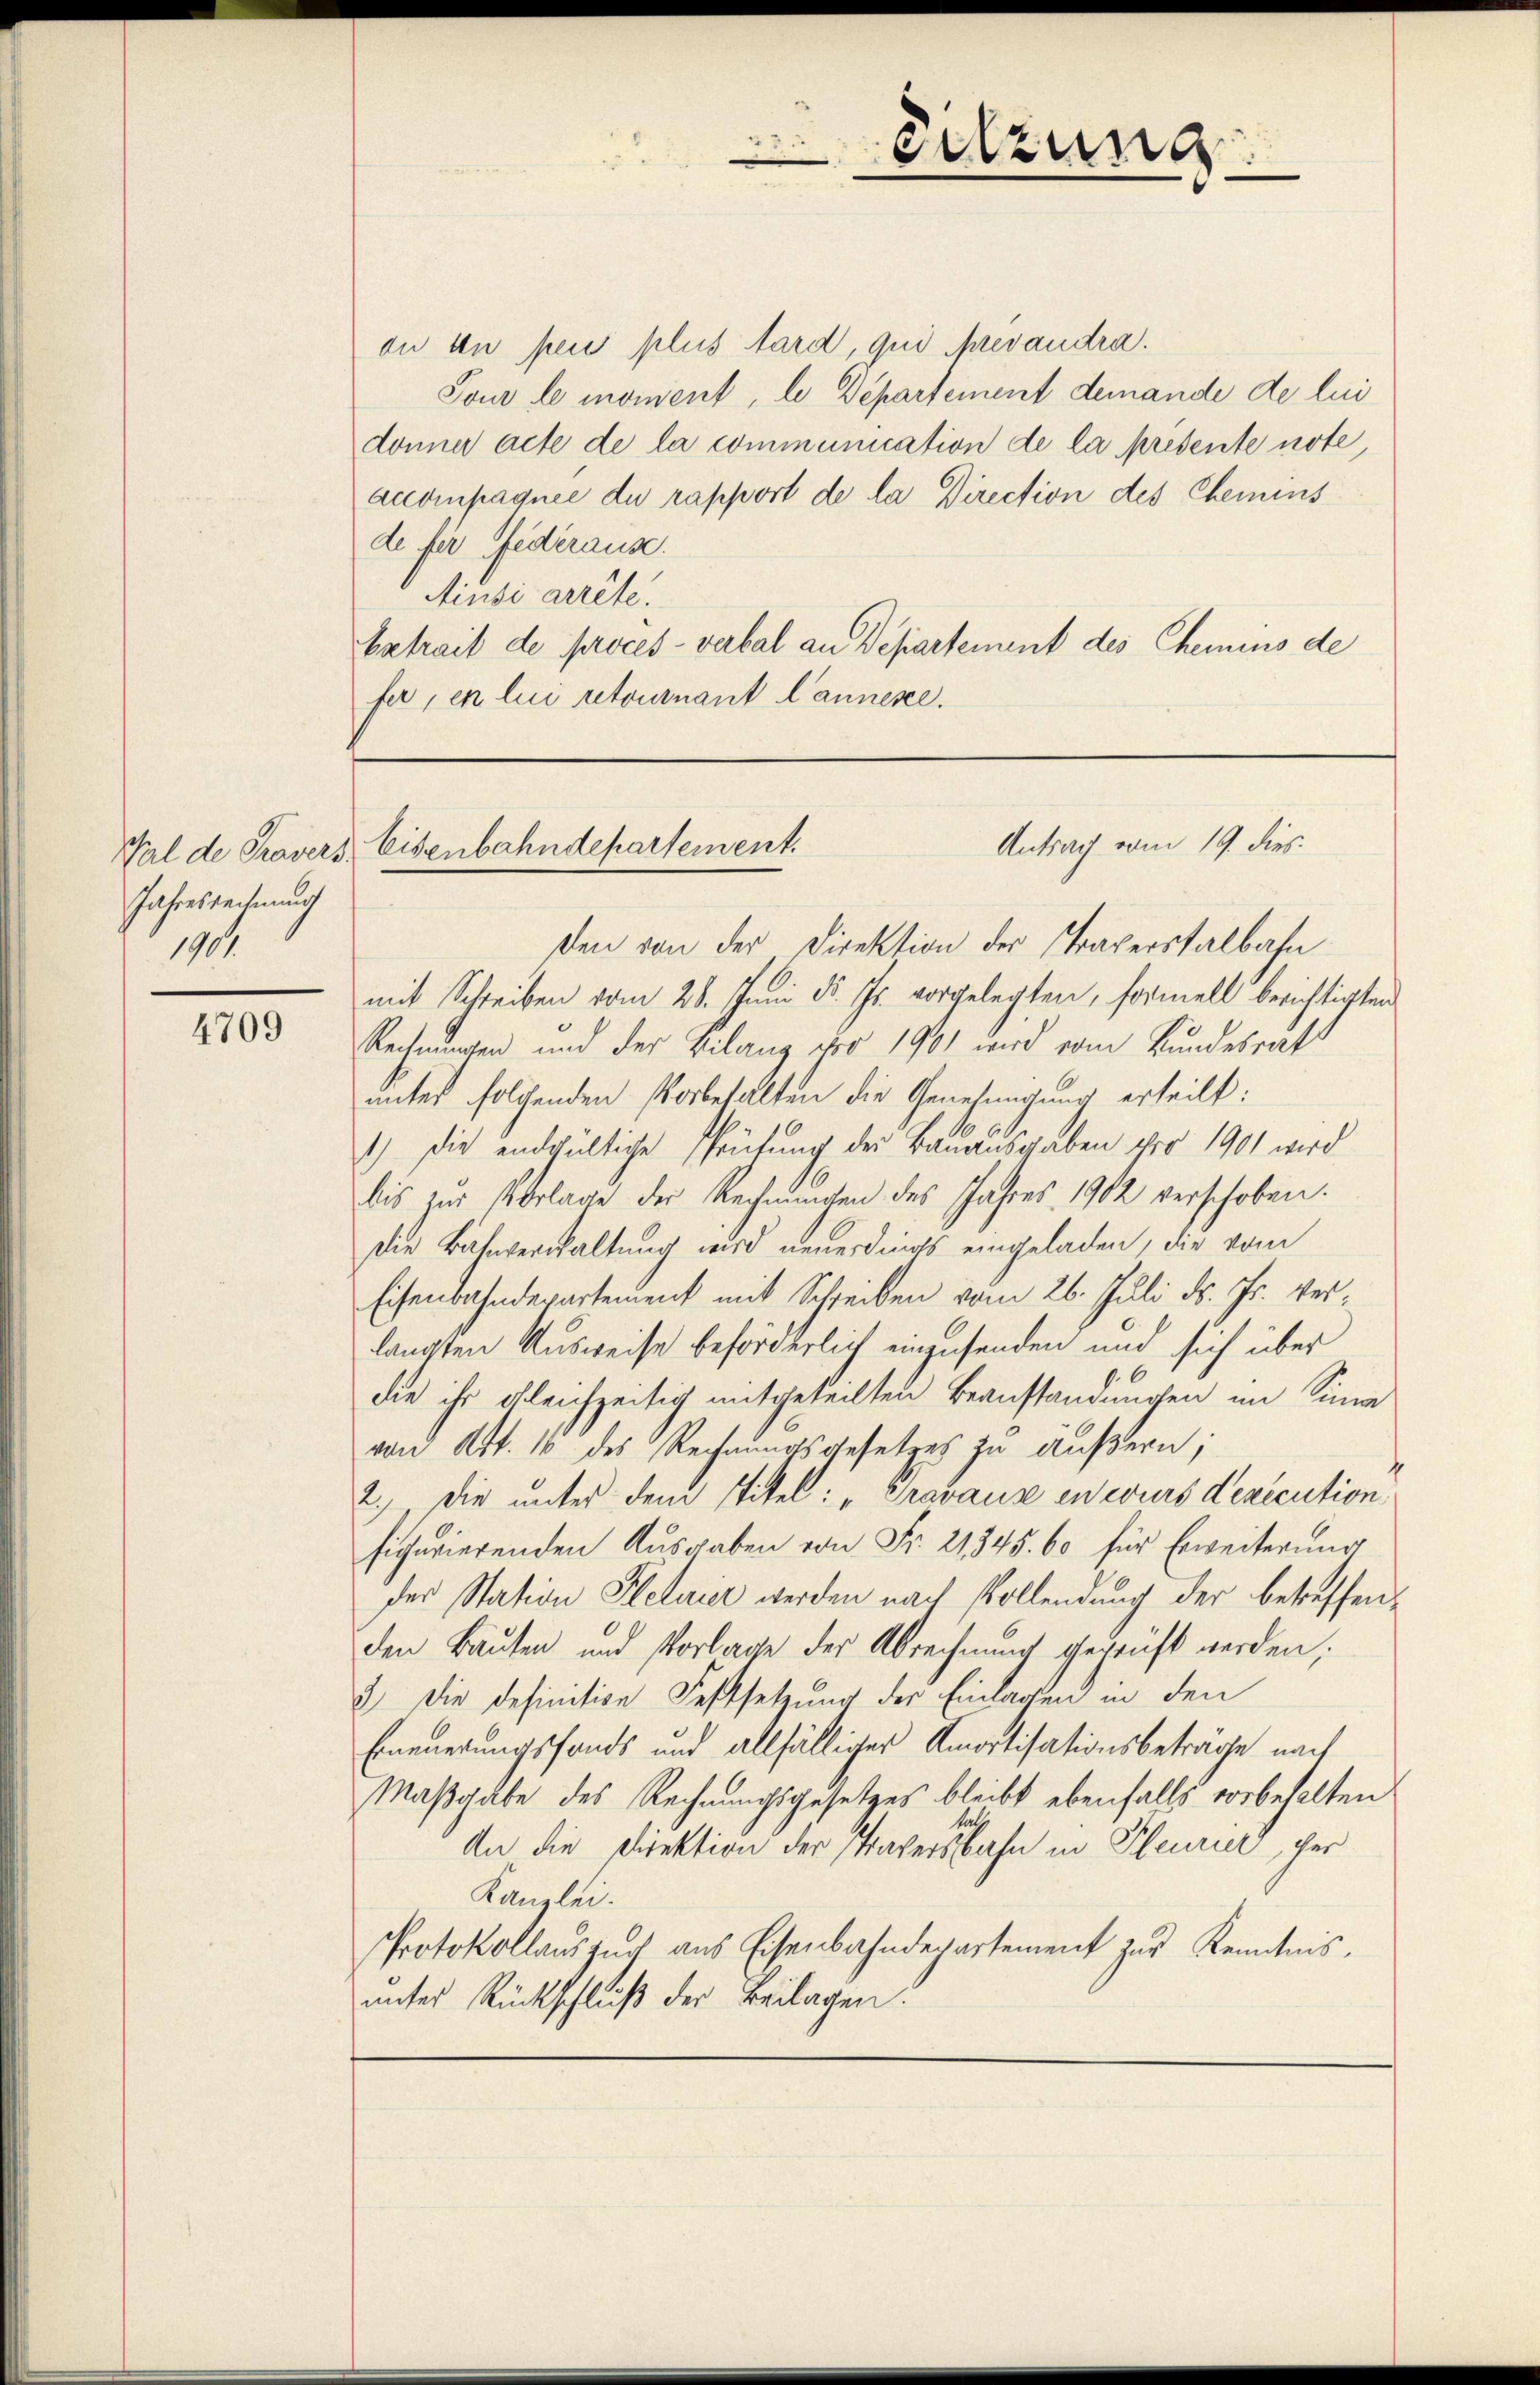
Val de Kravers.
Jahresrechnung
1904

4709

du an peu plus tard, qui Mevaudra.
Tour le moment, le Departement demande de lui
donner acte de la communication de la présente note,
accompagnie du rapport de la Direction des Chemins
de fer Federaus.
Ainsi arrête.
Extrait de proces - verbal an Departement des Chemins de
fer, en lui retournant l’annene.

ßen von der Direktion der Traperstalbahn
mit Schreiben vom 28. Juni d. Js. vorgelegten, formell berichtigten
Rechnungen und der Vilang vor 1901 wird vom Bundesrat
unter solchenden Vorbehalten die Genehmigung erheilt:
1.) Die endgültige Prüfung der Bauausgaben pro 1901 wird
bis zur Vorlage der Rechnungen des Jahres 1902 verschoben.
Die Bahnverwaltung wird neuerdings eingeladen, die vom
Eisenbahnderartement mit Schreiben vom 26. Juli d. Js. verlangten Ausweise beforderlich einzusenden und sich über
die ihr gleichzeitig mitgeteilten Beanstandungen im Sina
von Art. 16 des Rechnungsgesetzes zu äußern;
h
2.) Die unter dem Titel: „Gravaux en curs dexecution
sicurierenden Aŭsgaben von Fr. 21345. 60 für Erweiterung
der Station Pletuier werden nach Vollendung der betreffenden Bauten und Vorlage der Abrechnung geprüft werden,
3) Die definitive Festsetzung der Einlagen in den
Erneuerungsfonds und allfälliger Amortisationsbeträge nach
Maßgabe des Rechnungsgesetzes bleibt ebenfalls vorbehalten
e
An die Direktion der Trakersbahn in Pleurier, der
Kanzlei.
Protokollauszug aus Eisenbahndepartement zur Kenntnis,
unter Rückschluß der Beilagen.

Sitzung
e

Antrag vom 19. dies
Eisenbahndepartement.